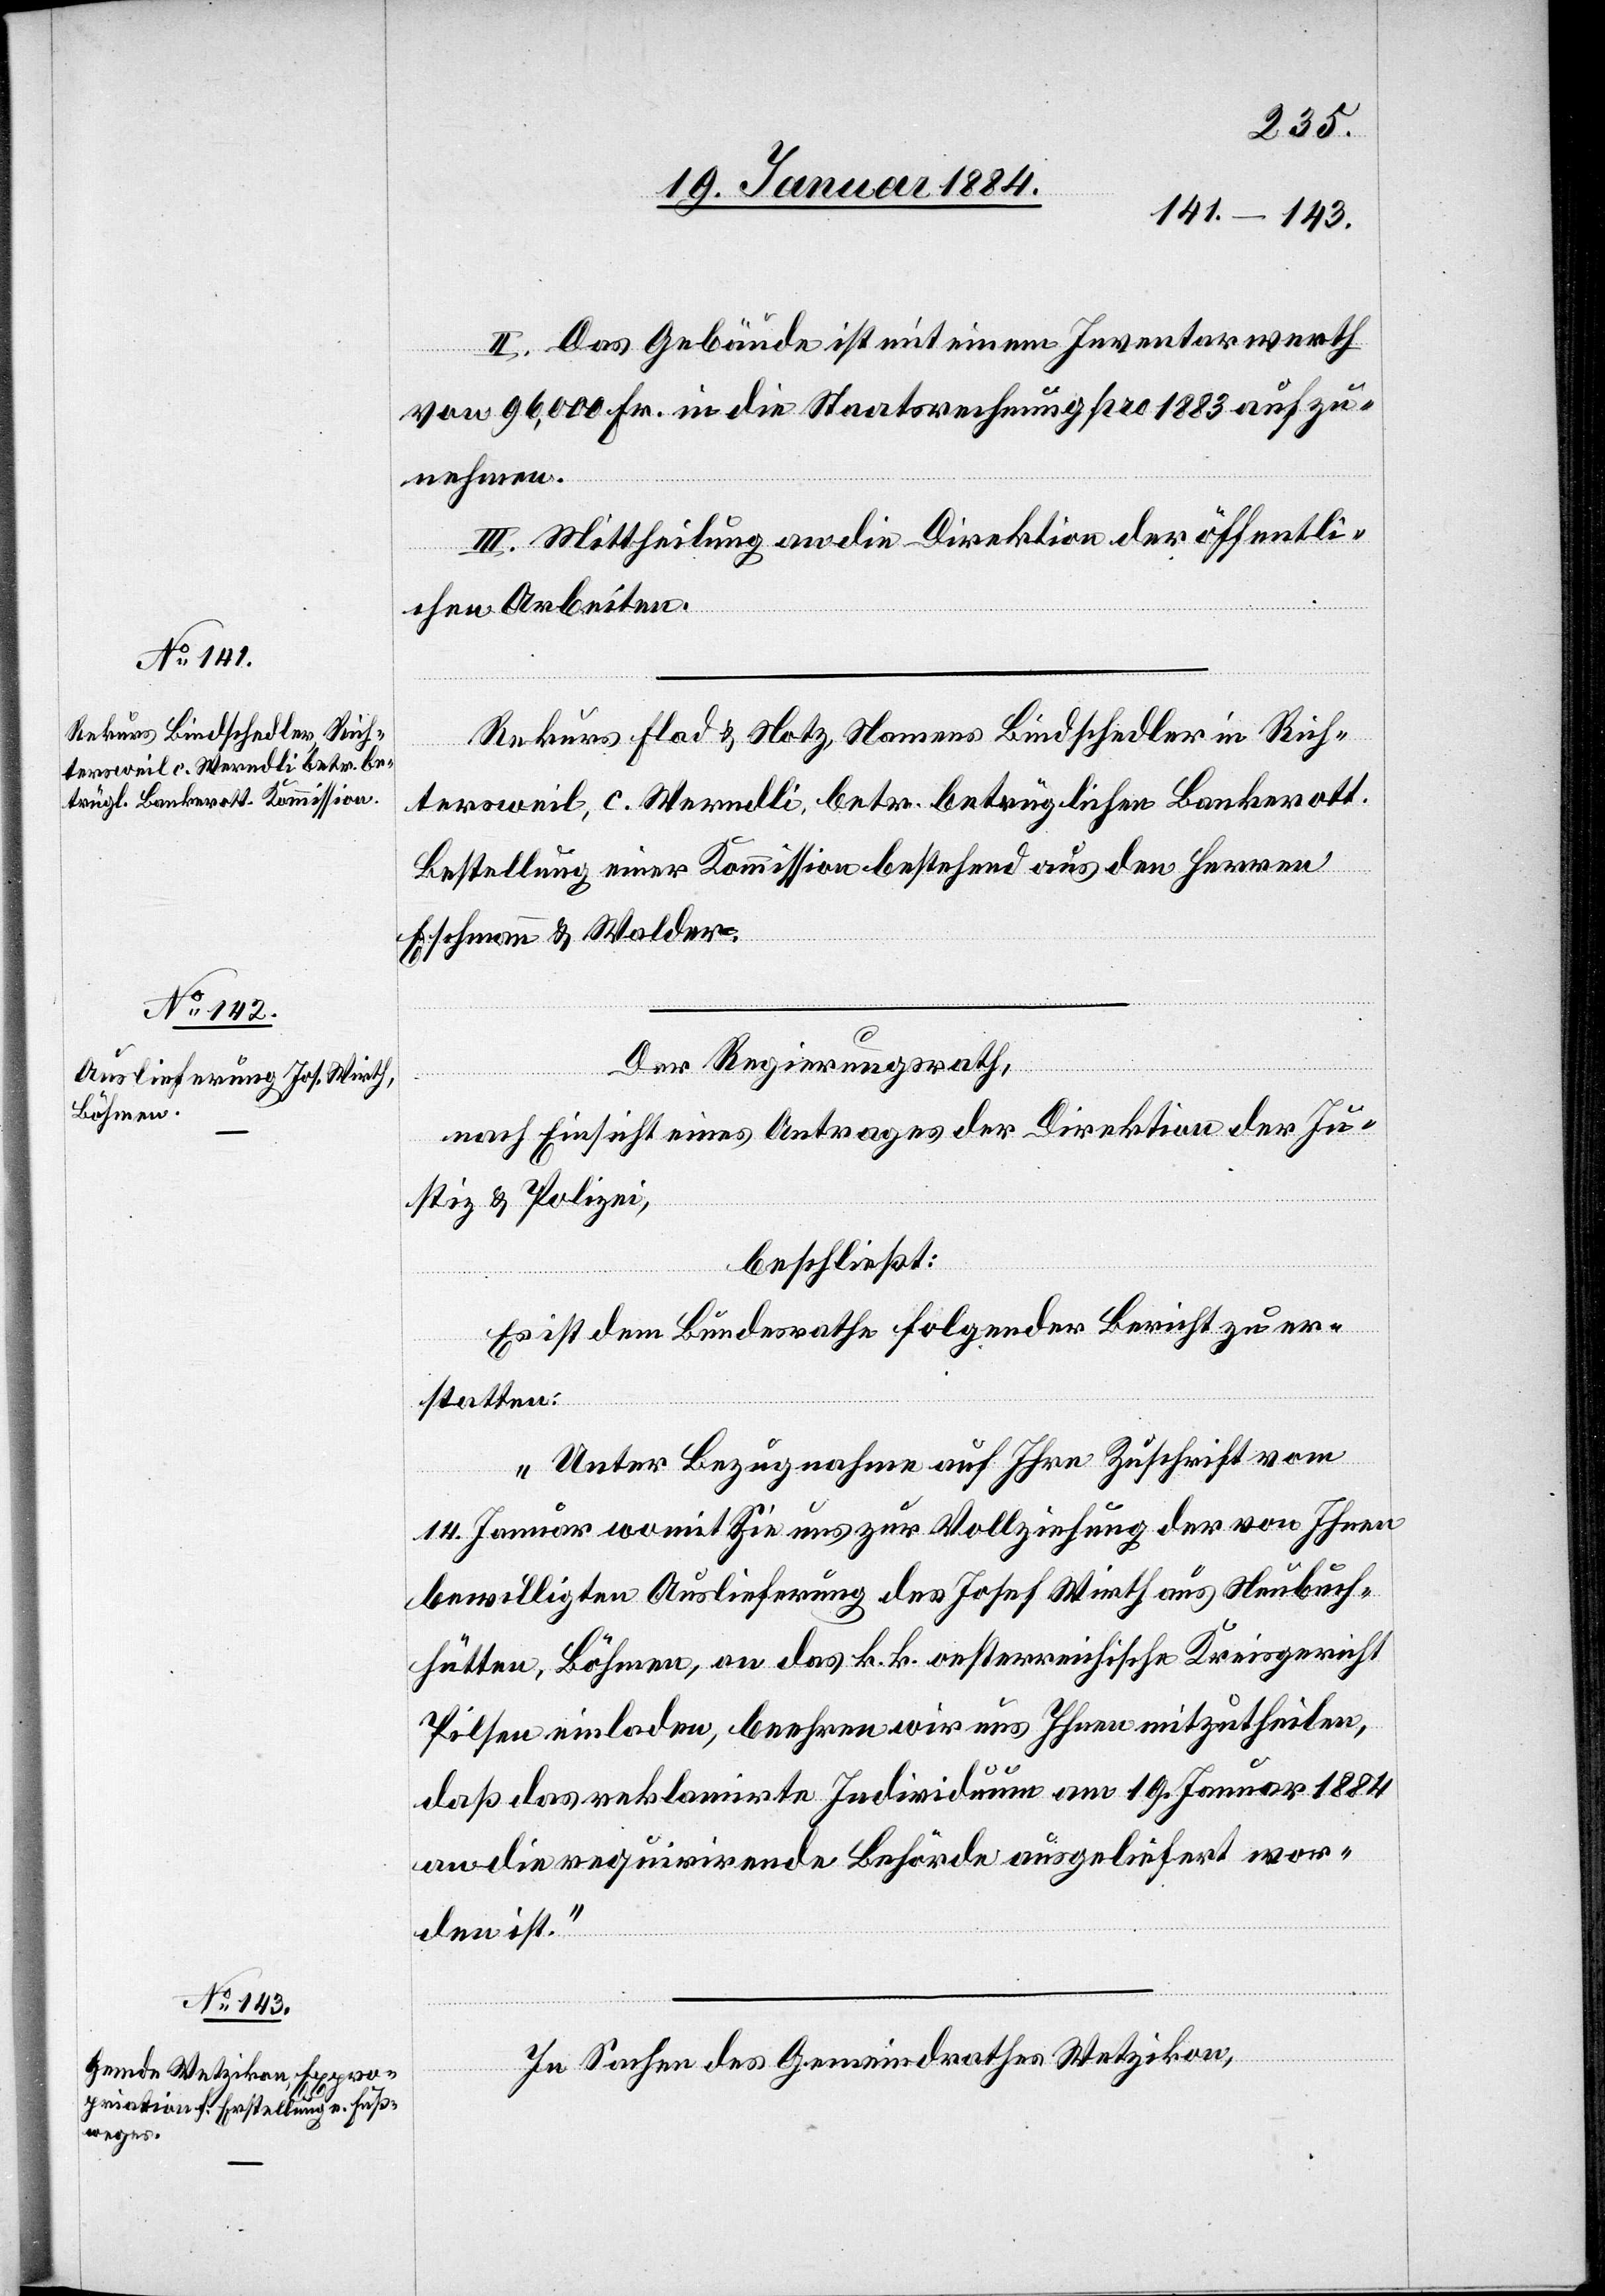
II. Das Gebäude ist mit einem Inventarwerth
von 96,000 Fr. in die Staatsrechnung pro 1883 aufzu¬
nehmen.
III. Mittheilung an die Direktion der öffentli¬
chen Arbeiten.
Rekurs Flad & Notz Namens Bindschedler in Rich¬
tersweil, c. Werndli, betr. betrüglichen Bankerott.
Bestellung einer Kommission bestehend aus den Herren
Eschmann & Walder.
Der Regierungsrath,
nach Einsicht eines Antrages der Direktion der Ju¬
stiz & Polizei,
beschließt:
Es ist dem Bundesrathe folgender Bericht zu er¬
statten:
„Unter Bezugnahme auf Ihre Zuschrift vom
14. Januar womit Sie uns zur Vollziehung der von Ihnen
bewilligten Auslieferung des Josef Wirth aus Neubruch¬
hütten, Böhmen, an das k. k. oesterreichische Kreisgericht
Pilsen einladen, beehren wir uns Ihnen mitzutheilen,
daß das reklamirte Individuum am 19. Januar 1884
an die requirirende Behörde ausgeliefert wor¬
den ist.“
In Sachen des Gemeindrathes Wetzikon,